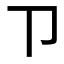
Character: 𰆊